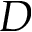
D